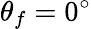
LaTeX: \theta_{f}=0^{\circ}